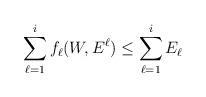
LaTeX: \begin{align*} \sum_{\ell=1}^{i} f_\ell(W,E^{\ell})\le \sum_{\ell=1}^i E_\ell \end{align*}